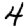
Digit: 4